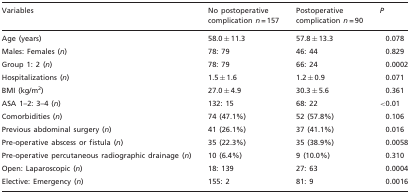
<table><thead><tr><td><b>Variables</b></td><td><b>No postoperative complication <i>n</i> = 157</b></td><td><b>Postoperative complication <i>n</i> = 90</b></td><td><b><i>P</i></b></td></tr></thead><tbody><tr><td>Age (years)</td><td>58.0 ± 11.3</td><td>57.8 ± 13.3</td><td>0.078</td></tr><tr><td>Males: Females (<i>n</i>)</td><td>78: 79</td><td>46: 44</td><td>0.829</td></tr><tr><td>Group 1: 2 (<i>n</i>)</td><td>78: 79</td><td>66: 24</td><td>0.0002</td></tr><tr><td>Hospitalizations (<i>n</i>)</td><td>1.5 ± 1.6</td><td>1.2 ± 0.9</td><td>0.071</td></tr><tr><td>BMI (kg/m<sup>2</sup>)</td><td>27.0 ± 4.9</td><td>30.3 ± 5.6</td><td>0.361</td></tr><tr><td>ASA 1–2: 3–4 (<i>n</i>)</td><td>132: 15</td><td>68: 22</td><td>&lt;0.01</td></tr><tr><td>Comorbidities (<i>n</i>)</td><td>74 (47.1%)</td><td>52 (57.8%)</td><td>0.106</td></tr><tr><td>Previous abdominal surgery (<i>n</i>)</td><td>41 (26.1%)</td><td>37 (41.1%)</td><td>0.016</td></tr><tr><td>Pre-operative abscess or fistula (<i>n</i>)</td><td>35 (22.3%)</td><td>35 (38.9%)</td><td>0.0058</td></tr><tr><td>Pre-operative percutaneous radiographic drainage (<i>n</i>)</td><td>10 (6.4%)</td><td>9 (10.0%)</td><td>0.310</td></tr><tr><td>Open: Laparoscopic (<i>n</i>)</td><td>18: 139</td><td>27: 63</td><td>0.0004</td></tr><tr><td>Elective: Emergency (<i>n</i>)</td><td>155: 2</td><td>81: 9</td><td>0.0016</td></tr></tbody></table>